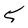
Character: 5